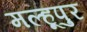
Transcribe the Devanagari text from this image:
मल्हूपुर